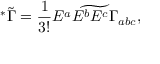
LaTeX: ^ * \tilde { \Gamma } = { \frac { 1 } { 3 ! } } \widetilde { E ^ { a } E ^ { b } E ^ { c } \Gamma _ { a b c } } ,